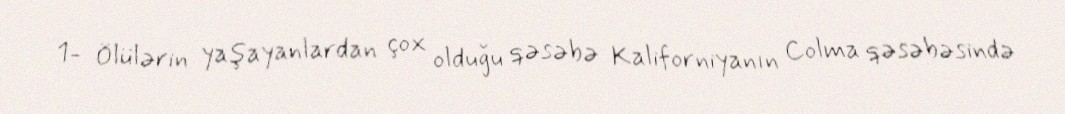
1- Ölülərin yaşayanlardan çox olduğu qəsəbə Kaliforniyanın Colma qəsəbəsində